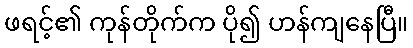
ဖရင့်၏ ကုန်တိုက်က ပို၍ ဟန်ကျနေပြီ။